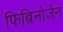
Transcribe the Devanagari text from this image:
फिब्रिनोजेन